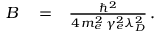
\begin{array} { r l r } { B } & { { } = } & { \frac { \hbar ^ { 2 } } { 4 \, m _ { e } ^ { 2 } \, \gamma _ { e } ^ { 2 } \lambda _ { D } ^ { 2 } } \, . } \end{array}